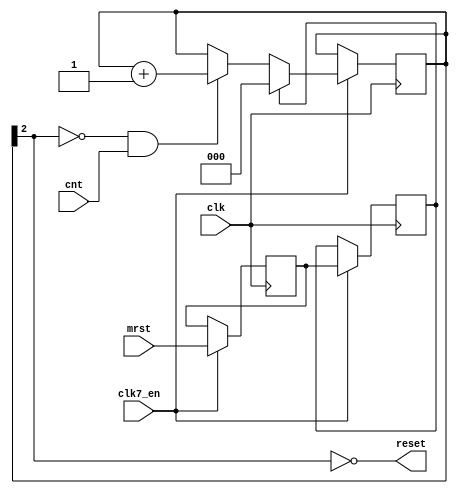
// -*- mode: verilog; mode: font-lock; indent-tabs-mode: nil -*-
// vi: set et ts=3 sw=3 sts=3:
//
// Copyright 2006, 2007 Dennis van Weeren
//
// This file is part of Minimig
//
// Minimig is free software; you can redistribute it and/or modify
// it under the terms of the GNU General Public License as published by
// the Free Software Foundation; either version 3 of the License, or
// (at your option) any later version.
//
// Minimig is distributed in the hope that it will be useful,
// but WITHOUT ANY WARRANTY; without even the implied warranty of
// MERCHANTABILITY or FITNESS FOR A PARTICULAR PURPOSE.  See the
// GNU General Public License for more details.
//
// You should have received a copy of the GNU General Public License
// along with this program.  If not, see <http://www.gnu.org/licenses/>.
//
//
// syscontrol handles the startup of the FGPA,
// after fpga config, it automatically does a global system reset and asserts boot.
// the boot signal puts gary in a special mode so that the bootrom
// is mapped into the system memory map.	The firmware in the bootrom
// then loads the kickstart via the diskcontroller into the kickstart ram area.
// When kickstart has been loaded, the bootrom asserts bootdone by selecting both cia's at once.
// This resets the system for a second time but it also de-asserts boot.
// Thus, the system now boots as a regular amiga.
// Subsequent resets by asserting mrst will not assert boot again.
//
// JB:
// 2008-07-11	- reset to bootloader
// 2009-03-13	- shorter reset
// 2009-08-17	- reset generator modification

module minimig_syscontrol
  (
   input  wire clk,                    // bus clock
   input  wire clk7_en,
   input  wire cnt,                    // pulses for counting
   input  wire mrst,                   // master/user reset input
   output wire reset                   // global synchronous system reset
   );

   //local signals
   reg         smrst0, smrst1;         // registered input
   reg [2:0]   rst_cnt = 0;            // reset timer SHOULD BE CLEARED BY CONFIG
   wire        _rst;                   // local reset signal

   //asynchronous mrst input synchronizer
   always @(posedge clk) begin
      if (clk7_en) begin
         smrst0 <= mrst;
         smrst1 <= smrst0;
      end
   end

   //reset timer and mrst control
   always @(posedge clk) begin
      if (clk7_en) begin
         if (smrst1)
           rst_cnt <= 3'd0;
         else if (!_rst && cnt)
           rst_cnt <= rst_cnt + 3'd1;
      end
   end

   assign _rst = rst_cnt[2];

   //global reset output
   assign reset = ~_rst;

endmodule